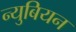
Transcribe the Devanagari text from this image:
न्युबियन